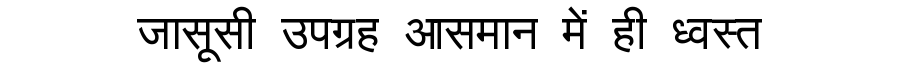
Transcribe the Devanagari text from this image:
जासूसी उपग्रह आसमान में ही ध्वस्त